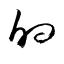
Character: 的